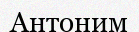
Антоним